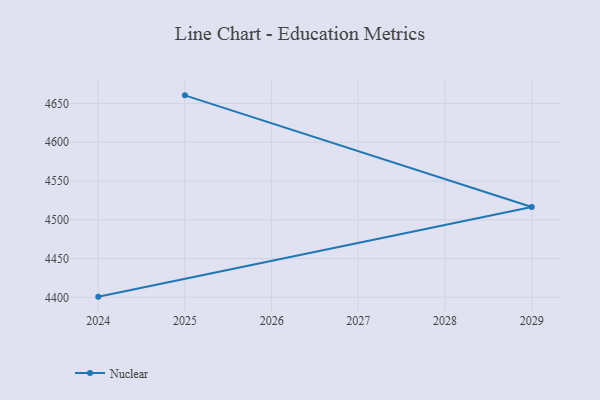
{"axis": {"x": "Year", "y": "Churn Rate (%)"}, "legend": ["Nuclear"], "data": [{"x": "2025", "y": 4660.5, "type": "Nuclear"}, {"x": "2029", "y": 4516.6, "type": "Nuclear"}, {"x": "2024", "y": 4400.9, "type": "Nuclear"}]}